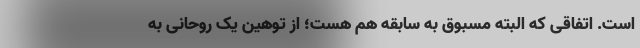
است. اتفاقی که البته مسبوق به سابقه هم هست؛ از توهین یک روحانی به